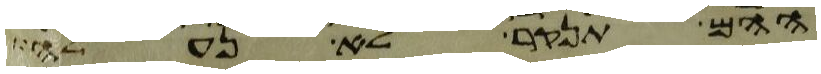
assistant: ההם תנקר לא נעלה